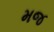
મજ